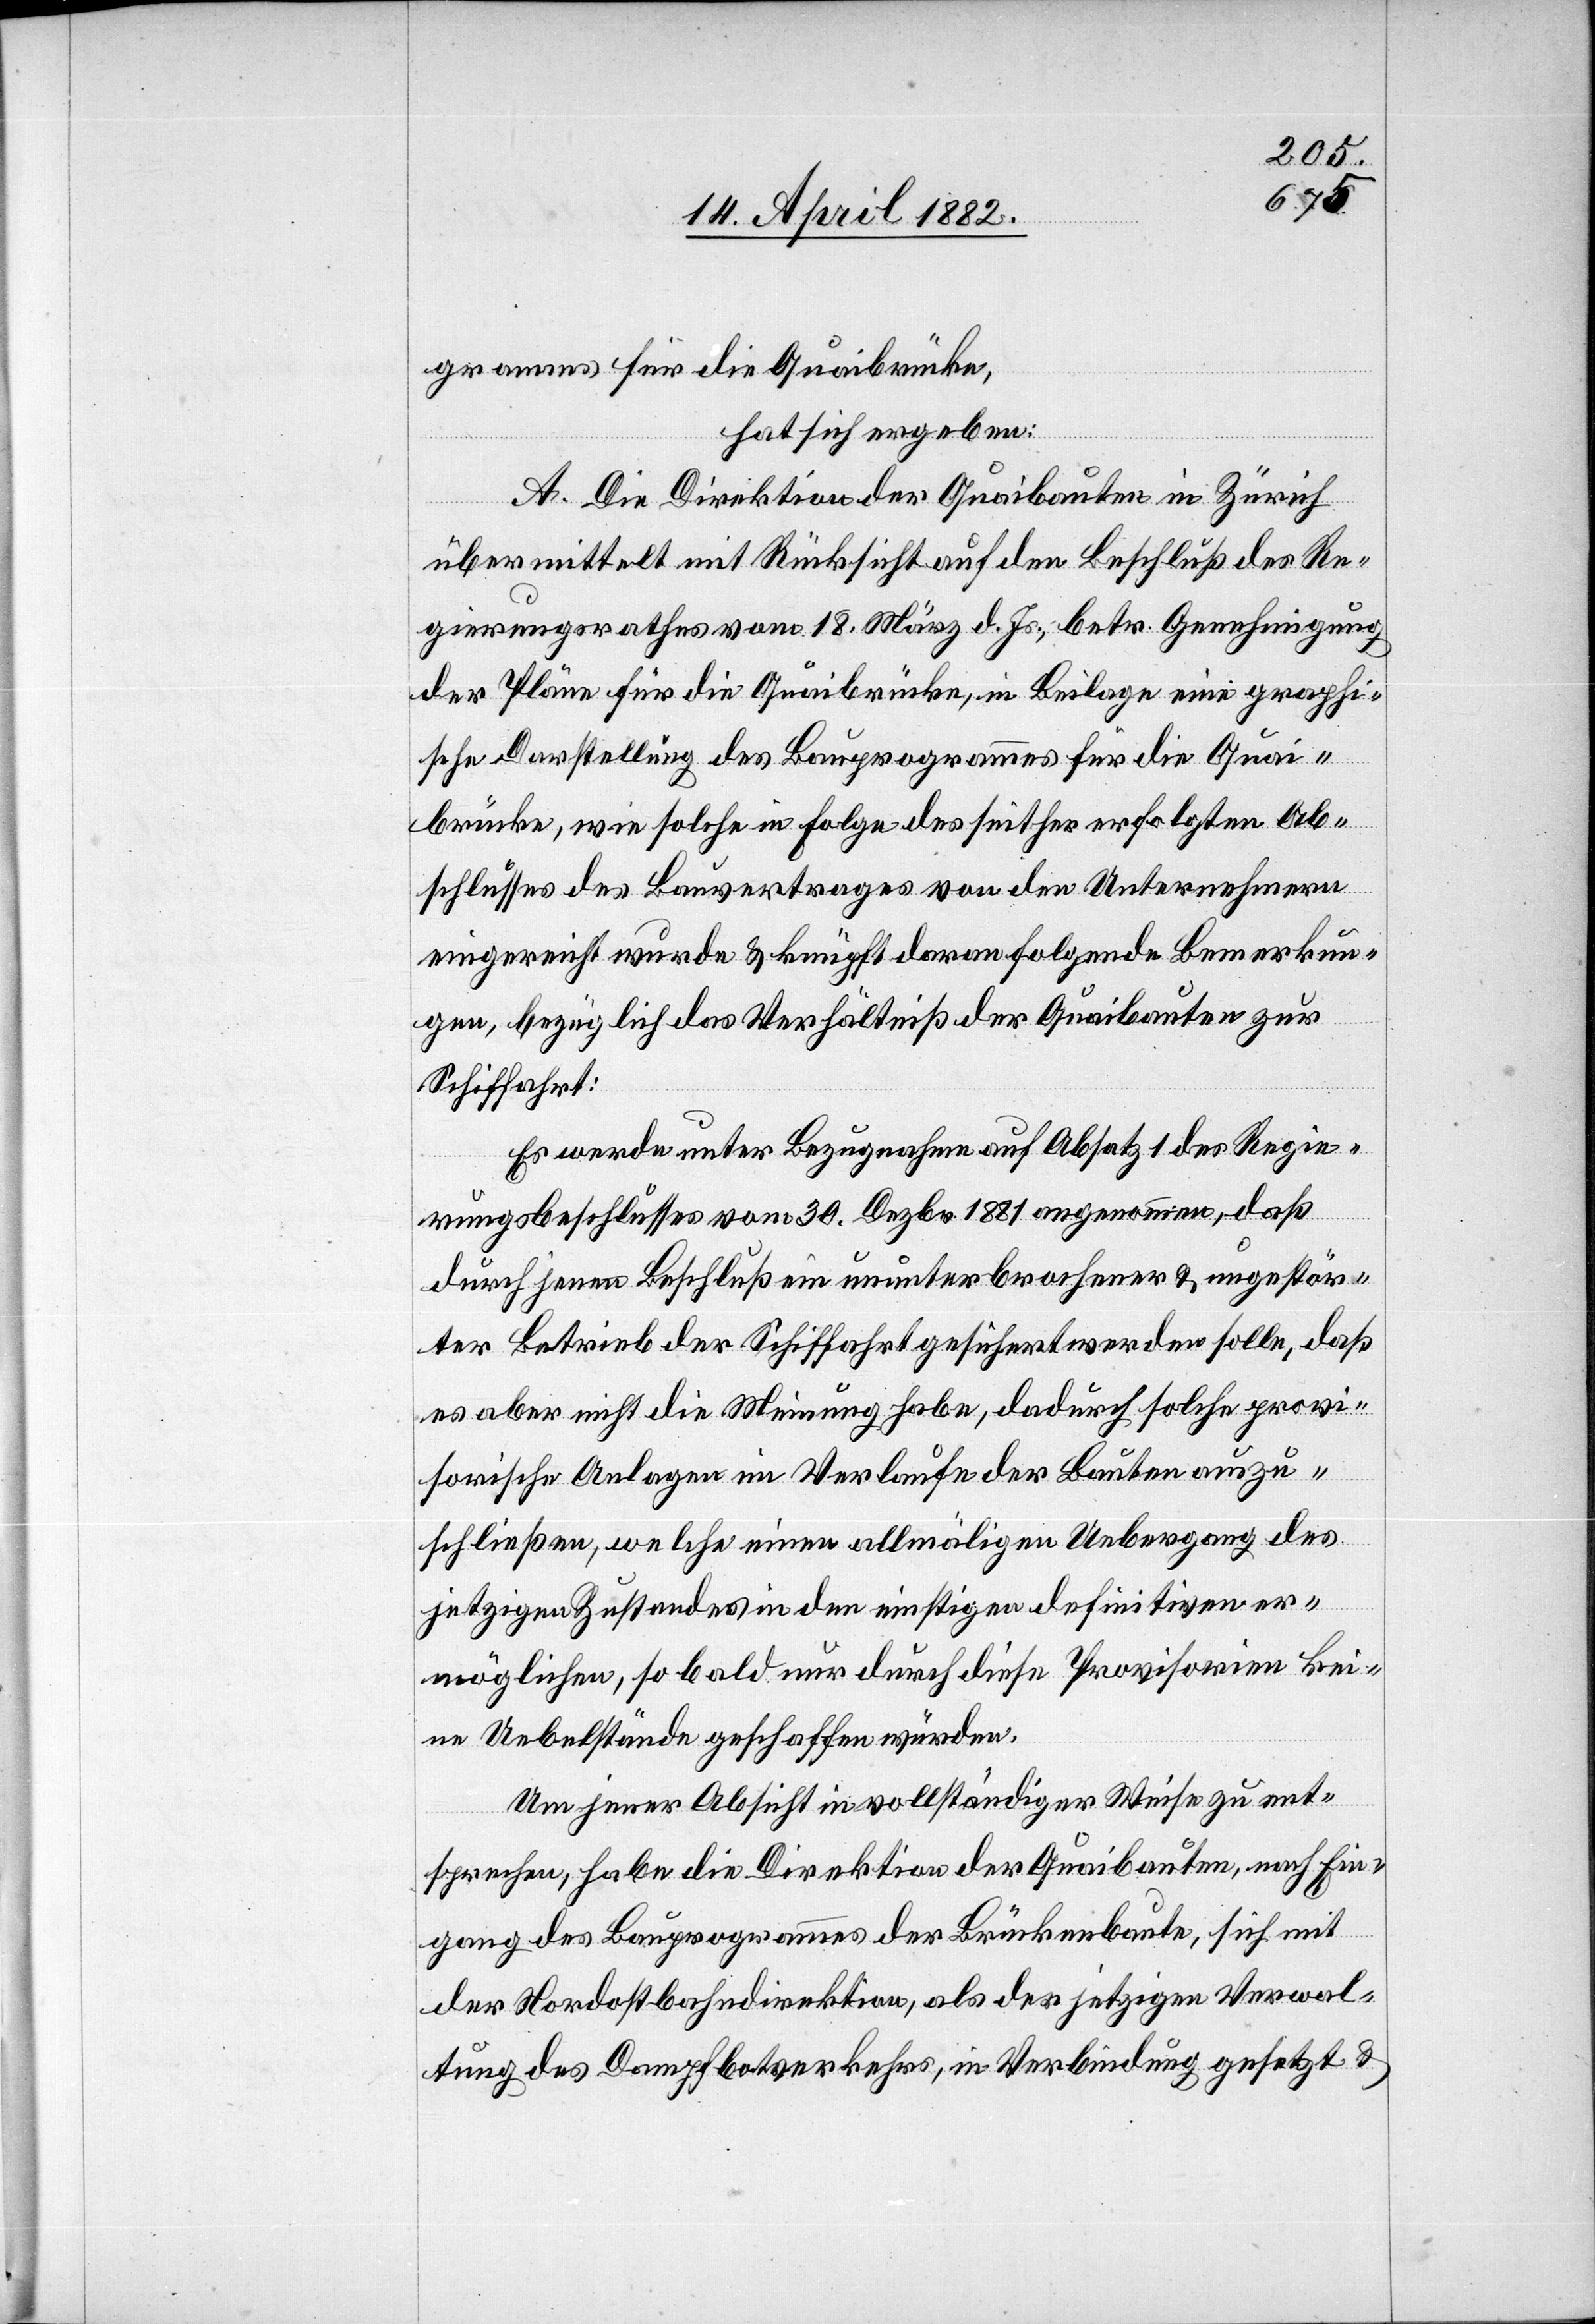
gramms für die Quaibrücke,
hat sich ergeben:
A. Die Direktion der Quaibauten in Zürich
übermittelt mit Rücksicht auf den Beschluß des Re¬
gierungsrathes vom 18. März d. Js., betr. Genehmigung
der Pläne für die Quaibrücke, in Beilage eine graphi¬
sche Darstellung des Bauprogrammes für die Quai¬
brücke, wie solche in Folge des seither erfolgten Ab¬
schlusses des Bauvertrages von den Unternehmern
eingereicht wurde & knüpft daran folgende Bemerkun¬
gen, bezüglich das Verhältniß der Quaibauten zur
Schiffahrt:
Es werde unter Bezugnahme auf Absatz 1 des Regie¬
rungsbeschlusses vom 30. Dezbr. 1881 angenommen, daß
durch jenen Beschluß ein ununterbrochener & ungestör¬
ter Betrieb der Schiffahrt gesichert werden solle, daß
es aber nicht die Meinung habe, dadurch solche provi¬
sorische Anlagen im Verlaufe der Bauten auszu¬
schließen, welche einen allmäligen Uebergang des
jetzigen Zustandes in den einstigen definitiven er¬
möglichen, so bald nur durch diese Provisorien kei¬
ne Uebelstände geschaffen würden.
Um jener Absicht in vollständiger Weise zu ent¬
sprechen, habe die Direktion der Quaibauten, nach Ein¬
gang des Bauprogrammes der Brückenbaute, sich mit
der Nordostbahndirektion, als der jetzigen Verwal¬
tung des Dampfbo[o]tverkehrs, in Verbindung gesetzt &